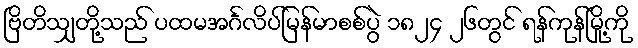
ဗြိတိသျှတို့သည် ပထမအင်္ဂလိပ်မြန်မာစစ်ပွဲ ၁၈၂၄ ၂၆တွင် ရန်ကုန်မြို့ကို